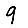
Digit: 9